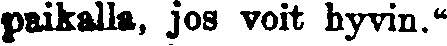
paikalla, jos voit hyvin.''